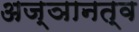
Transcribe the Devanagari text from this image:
अज्ञानत्व